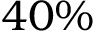
4 0 \%